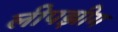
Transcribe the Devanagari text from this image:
लीपझीग